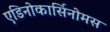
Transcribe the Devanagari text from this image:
एडिनोकार्सिनोमस